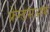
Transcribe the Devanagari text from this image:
फ्रेन्डसअफ